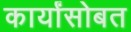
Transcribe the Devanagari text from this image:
कार्यांसोबत